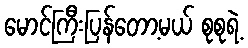
မောင်ကြီးပြန်တော့မယ် စုစုရဲ့